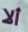
ألا